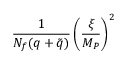
{ \frac { 1 } { N _ { f } ( q + \tilde { q } ) } } \left( { \frac { \xi } { M _ { P } } } \right) ^ { 2 }